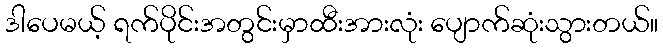
ဒါပေမယ့် ရက်ပိုင်းအတွင်းမှာထီးအားလုံး ပျောက်ဆုံးသွားတယ်။